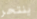
ينتحر